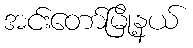
အင်းတော်မြို့နယ်